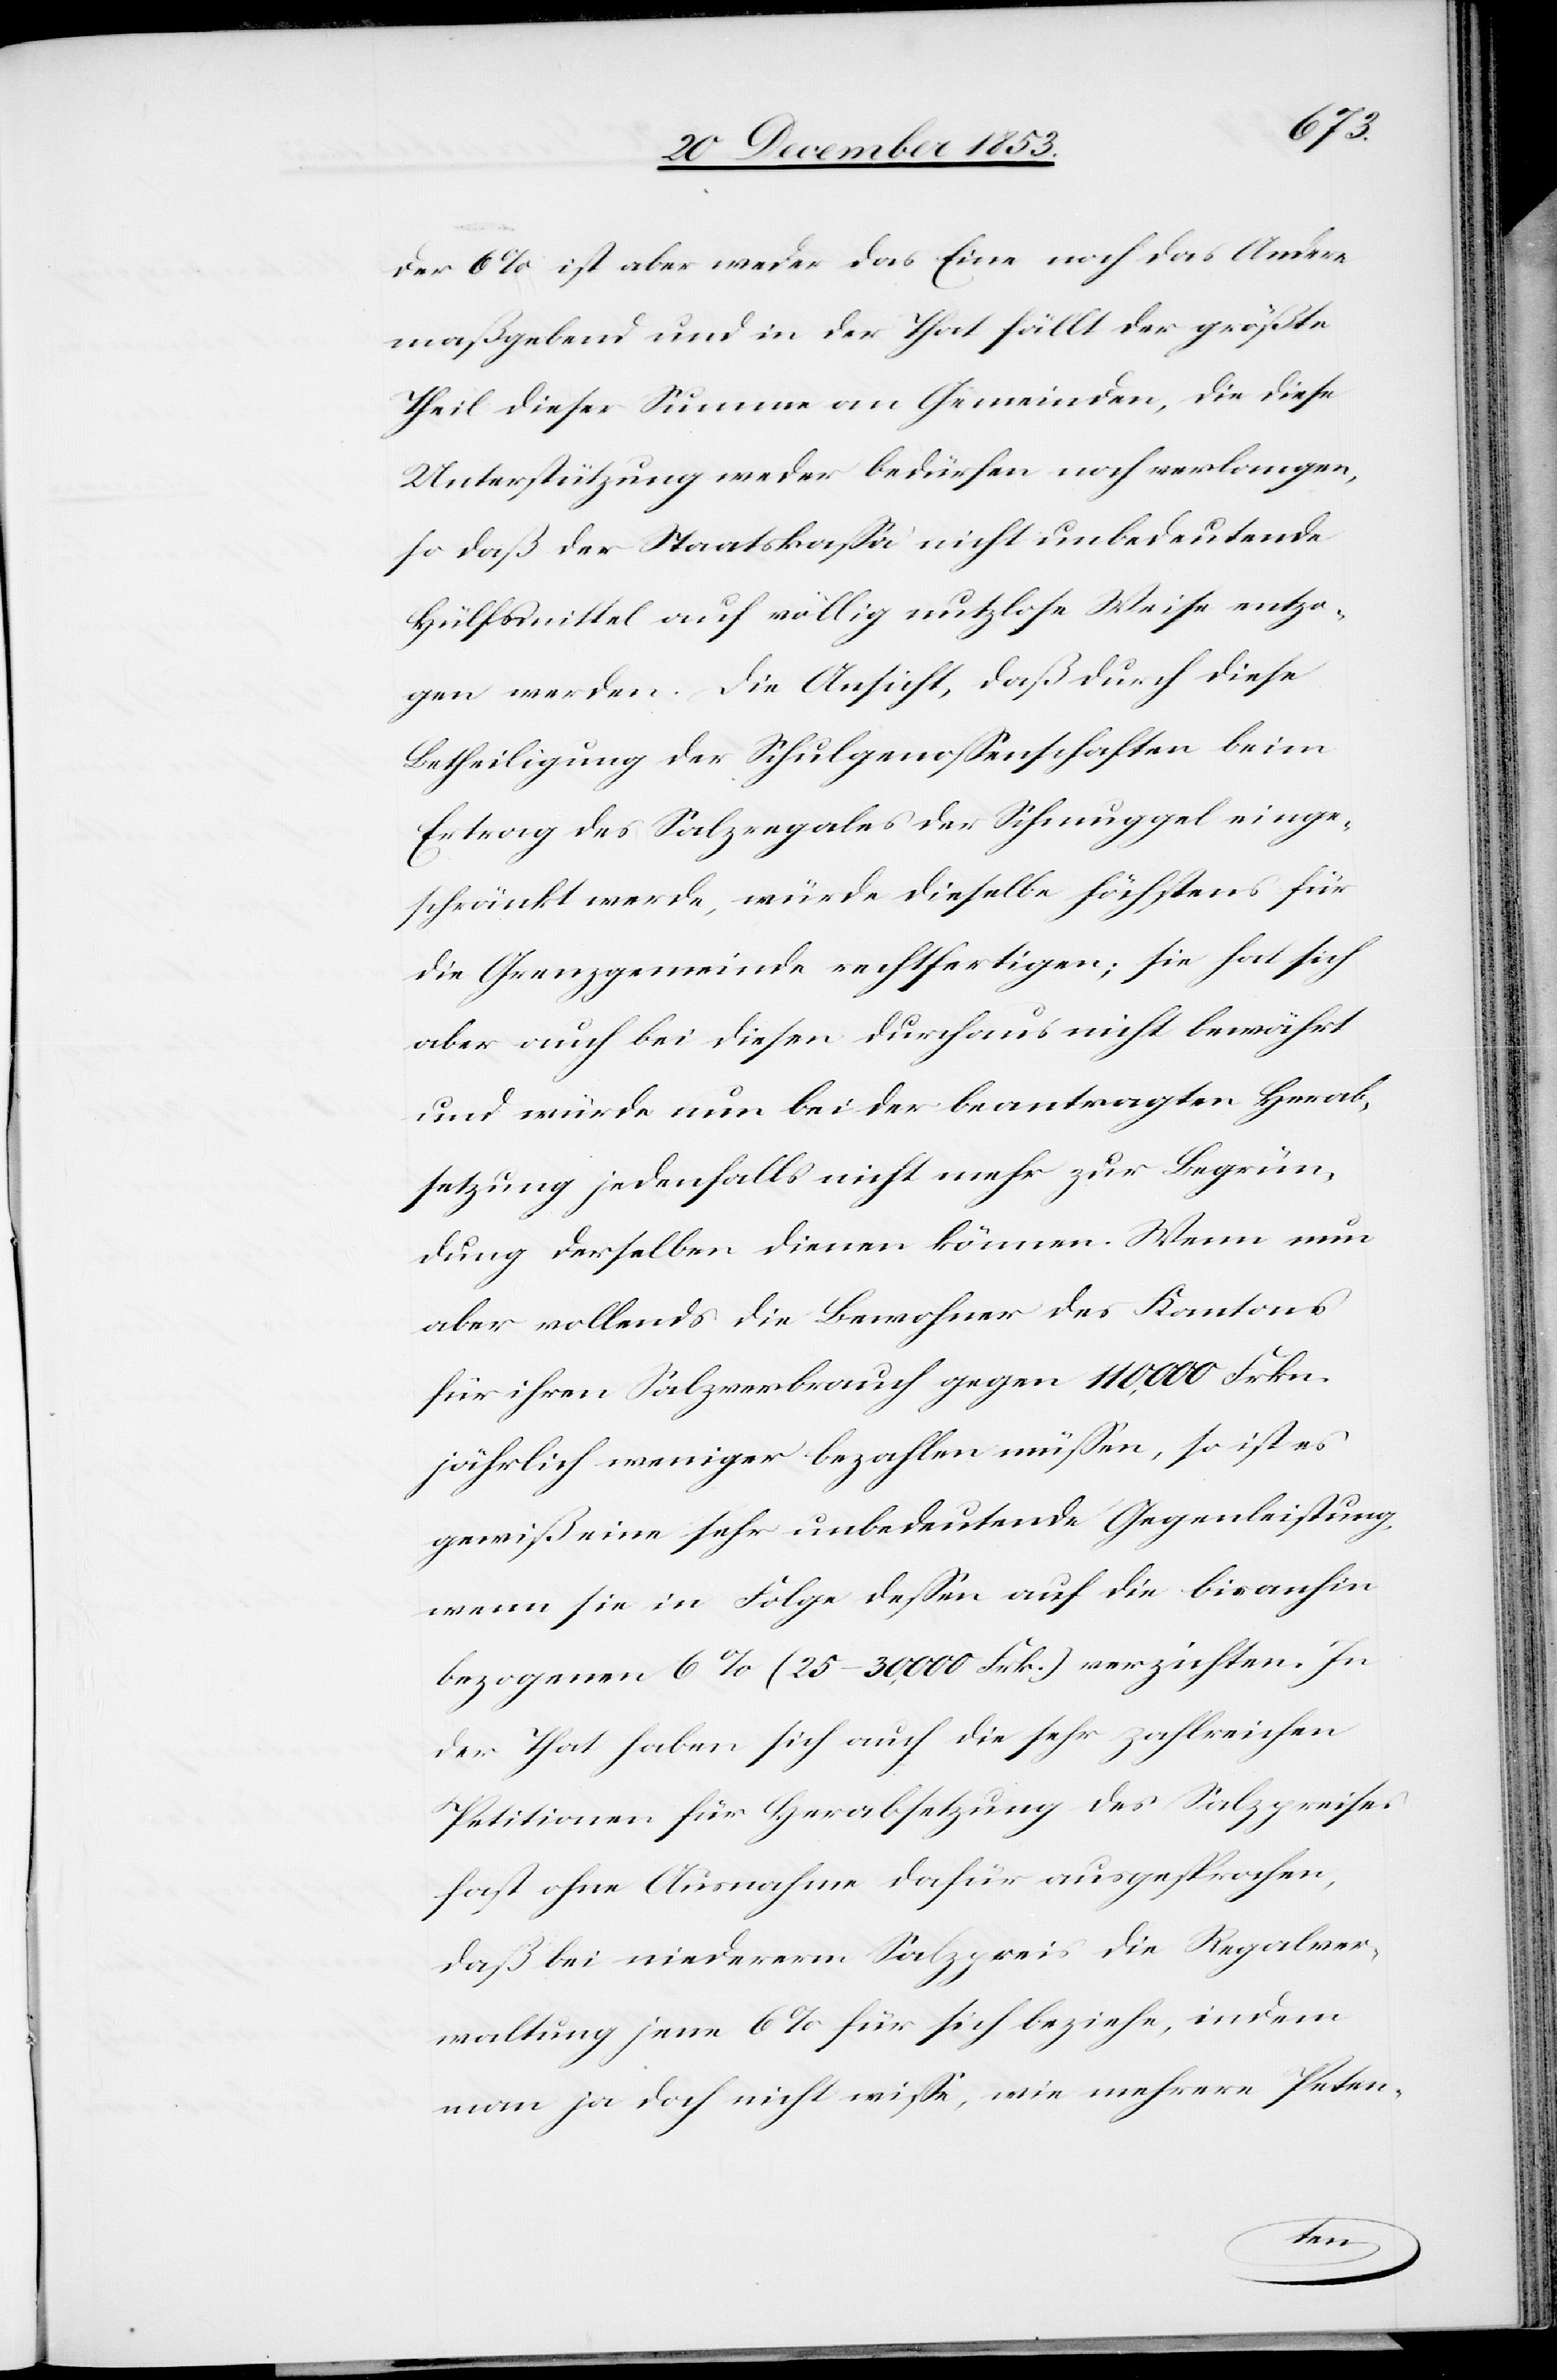
der 6% ist aber weder das Eine noch das Andere
maßgebend und in der That fällt der größte
Theil dieser Summen an Gemeinden, die diese
Unterstützung weder bedürfen noch verlangen,
so daß der Staatskaßa nicht unbedeutende
Hülfsmittel auf völlig nutzlose Weise entzo¬
gen werden. Die Ansicht, daß durch diese
Betheiligung der Schulgenoßenschaften beim
Ertrag des Salzregales der Schmuggel einge¬
schränkt werde, würde dieselbe höchstens für
die Grenzgemeinde rechtfertigen; sie hat sich
aber auch bei diesen durchaus nicht bewährt
und würden nun bei der beantragten Herab¬
setzung jedenfalls nicht mehr zur Begrün¬
dung derselben dienen können. Wenn nun
aber vollends die Bewohner des Kantons
für ihren Salzverbrauch gegen 110,000 Frkn.
jährlich weniger bezahlen müßen, so ist es
gewiß eine sehr unbedeutende Gegenleistung,
wenn sie in Folge deßen auf die bisanhin
bezogenen 6% (25–30,000 Frk.) verzichten. In
der That haben sich auf die sehr zahlreichen
Petitionen für Herabsetzung des Salzpreises
fast ohne Ausnahme dafür ausgesprochen,
daß bei niederem Salzpreis die Regalver¬
waltung jene 6% für sich beziehe, indem
man ja doch nicht wiße, wie mehrere Peten-